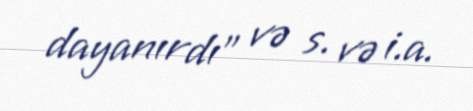
dayanırdı” və s. və i.a.